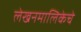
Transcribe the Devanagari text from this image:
लेखनमालिकेचे